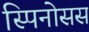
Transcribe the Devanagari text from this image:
स्पिनोसस